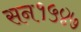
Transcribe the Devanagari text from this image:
सन१५४७